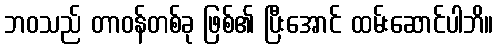
ဘဝသည် တာဝန်တစ်ခု ဖြစ်၏ ပြီးအောင် ထမ်းဆောင်ပါဘိ။